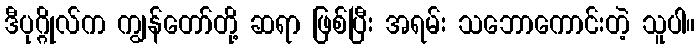
ဒီပုဂ္ဂိုလ်က ကျွန်တော်တို့ ဆရာ ဖြစ်ပြီး အရမ်း သဘောကောင်းတဲ့ သူပါ။